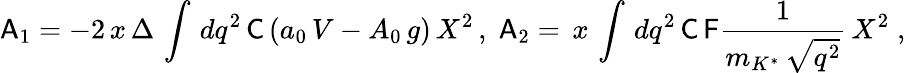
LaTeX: {\sf A}_{1}=\displaystyle-2\, x\, \Delta\, \int\, dq^{2}\, {\sf C}\, ({a_{0}\, V-A_{0}\, g})\, X^{2}\, ,\; {\sf A}_{2}=\displaystyle\, x\, \int\, dq^{2}\, {\sf C}\, {\sf F}\frac{1}{m_{K^{*}}\, \sqrt{q^{2}}}\, X^{2}\; ,